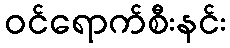
ဝင်ရောက်စီးနင်း